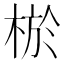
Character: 棜